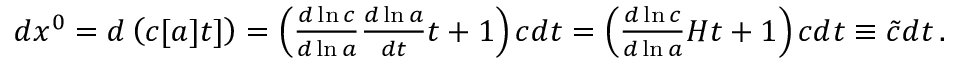
\begin{array} { r } { d x ^ { 0 } = d \left( c [ a ] t ] \right) = \left( \frac { d \ln c } { d \ln a } \frac { d \ln a } { d t } t + 1 \right) c d t = \left( \frac { d \ln c } { d \ln a } H t + 1 \right) c d t \equiv \tilde { c } d t \, . } \end{array}